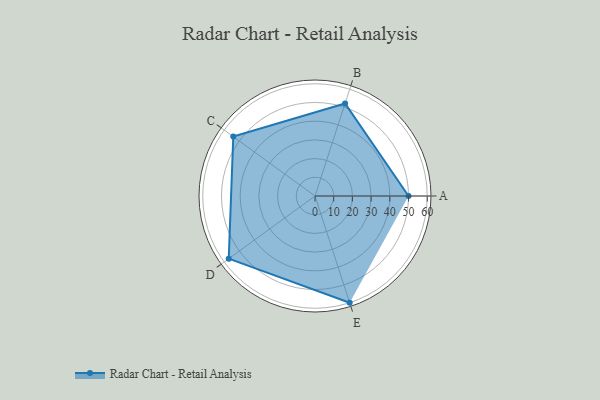
{"axis": {"x": "Skill", "y": "Score"}, "legend": ["Profile"], "data": [{"x": "A", "y": 50.0, "type": "Profile"}, {"x": "B", "y": 52.0, "type": "Profile"}, {"x": "C", "y": 54.0, "type": "Profile"}, {"x": "D", "y": 57.0, "type": "Profile"}, {"x": "E", "y": 60.0, "type": "Profile"}]}